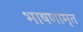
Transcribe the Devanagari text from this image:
भाषणामृत